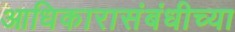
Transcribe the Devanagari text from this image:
आधिकारासंबंधीच्या